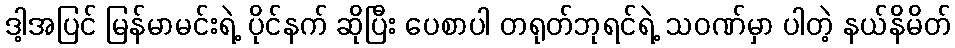
ဒါ့အပြင် မြန်မာမင်းရဲ့ ပိုင်နက် ဆိုပြီး ပေစာပါ တရုတ်ဘုရင်ရဲ့ သဝဏ်မှာ ပါတဲ့ နယ်နိမိတ်